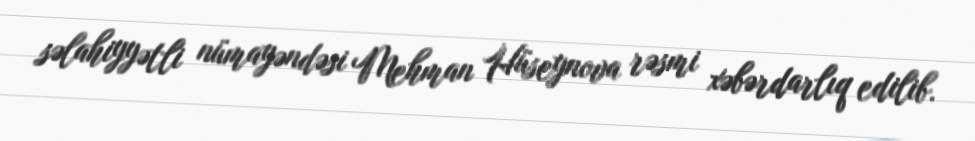
səlahiyyətli nümayəndəsi Mehman Hüseynova rəsmi xəbərdarlıq edilib.